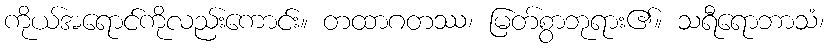
ကိုယ်အရောင်ကိုလည်းကောင်း။ တထာဂတဿ၊ မြတ်စွာဘုရား၏။ သရီရောဘာသံ၊